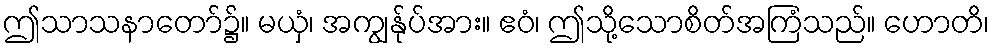
ဤသာသနာတော်၌။ မယှံ၊ အကျွန်ုပ်အား။ ဧဝံ၊ ဤသို့သောစိတ်အကြံသည်။ ဟောတိ၊